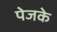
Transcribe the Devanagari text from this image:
पेजके